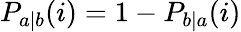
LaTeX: P_{a|b}(i)=1-P_{b|a}(i)